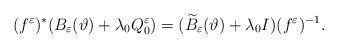
LaTeX: \begin{align*}(f^\varepsilon)^*(B_\varepsilon (\vartheta )+\lambda _0 Q_0^\varepsilon )=(\widetilde{B}_\varepsilon (\vartheta )+\lambda _0 I)(f^\varepsilon)^{-1}.\end{align*}